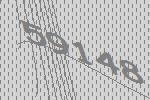
59148